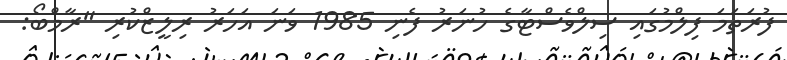
ފުރަތަމަ ފިލްމުގައި ސިލްވެސްޓާގެ ހުނަރު ފެނި 1985 ވަނަ އަހަރު ރިލީޒްކުރި "ރާމްބޯ: